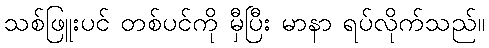
သစ်ဖြူးပင် တစ်ပင်ကို မှီပြီး မာနာ ရပ်လိုက်သည်။